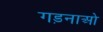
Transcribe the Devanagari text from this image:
गड़नाओ